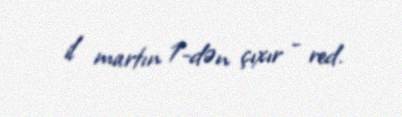
il martın 1-dən çıxır - red.